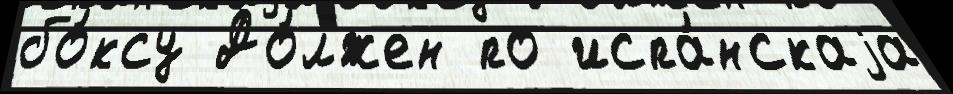
бо́ксу До́лжен по испа́нскаjа